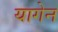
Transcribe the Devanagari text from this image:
यागेन